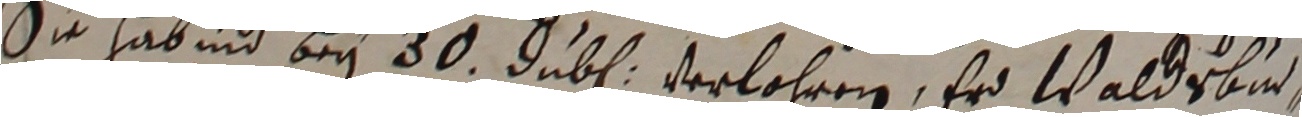
Sie habind bey 30 jube erlehren, er Waldebi